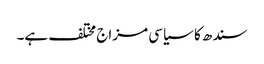
سندھ کا سیاسی مزاج مختلف ہے۔